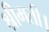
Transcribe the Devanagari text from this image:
श्रीमती।